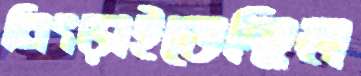
নিংড়াইতেছিল